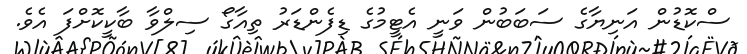
ސްކޮޑުން އަނިޔާގެ ސަބަބުން ވަނީ އެޓީމުގެ ޑިފެންޑަރު ތިއާގޯ ސިލްވާ ބާކީކޮށްފަ އެވެ.